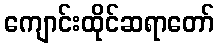
ကျောင်းထိုင်ဆရာတော်